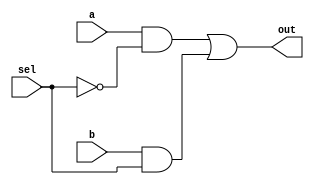
module Mux (
  input a,
  input b,
  input sel,
  output out
);

  wire nsel;
  wire w1, w2;

  not(nsel, sel);

  and(w1, a, nsel);
  and(w2, b, sel);
  or(out, w1, w2);

endmodule